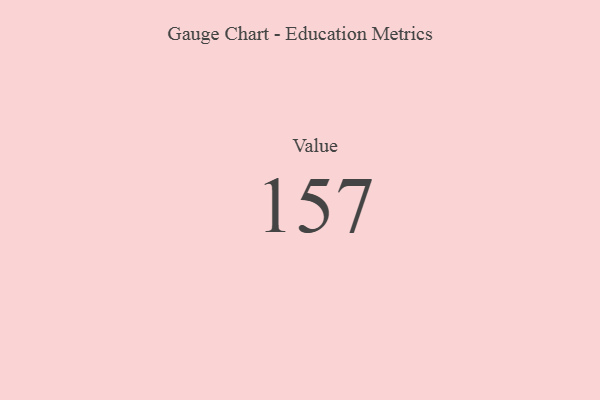
{"axis": {"x": "Metric", "y": "Value"}, "legend": [""], "data": [{"x": "Value", "y": 157, "type": ""}]}